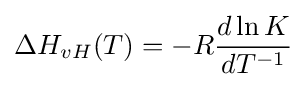
\Delta H_{vH}(T)=-R{\frac {d\ln K}{dT^{-1}}}